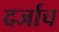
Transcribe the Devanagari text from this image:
दर्जाच